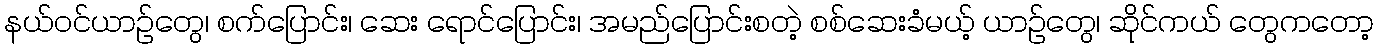
နယ်ဝင်ယာဉ်တွေ၊ စက်ပြောင်း၊ ဆေး ရောင်ပြောင်း၊ အမည်ပြောင်းစတဲ့ စစ်ဆေးခံမယ့် ယာဉ်တွေ၊ ဆိုင်ကယ် တွေကတော့